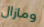
ومازال